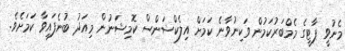
މެނުވީ ޕާޓީގެ މެމްބަރުކަމުން ވަކިނުވާނެ ކަމަށް އިލެކްޝަންސް ކޮމިޝަނުން މިއަދު ބުނެފައިވާ ކަމަށެވެ.